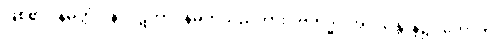
ဖြစ်၏။ နိမိတ္တံ ပန၊ ပဋိဘာဂနိမိတ်သည်ကား။ ဗဟိဒ္ဓါ၊ အပသန္တာန်၌။ ဟောတိ၊